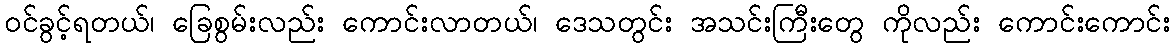
ဝင်ခွင့်ရတယ်၊ ခြေစွမ်းလည်း ကောင်းလာတယ်၊ ဒေသတွင်း အသင်းကြီးတွေ ကိုလည်း ကောင်းကောင်း